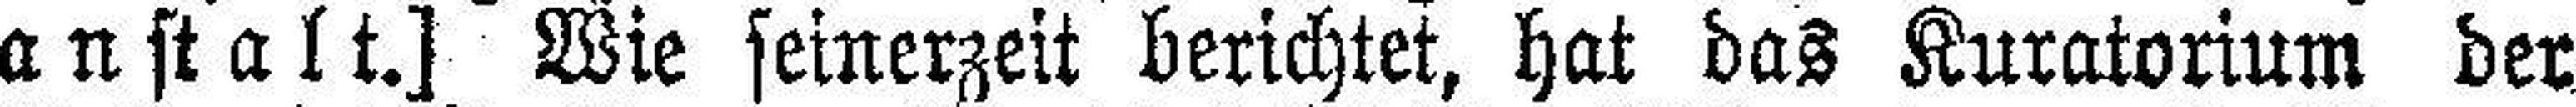
anstalt.] Wie seinerzeit berichtet, hat das Kuratorium der